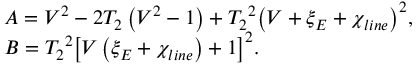
\begin{array} { r l } & { A = { { V } ^ { 2 } } - 2 { { T } _ { 2 } } \left( { { V } ^ { 2 } } - 1 \right) + { { { T } _ { 2 } } ^ { 2 } } { { \left( V + { { \xi } _ { E } } + { { \chi } _ { l i n e } } \right) } ^ { 2 } } , } \\ & { B = { { { { T } _ { 2 } } ^ { 2 } } } { { \left[ V \left( { { \xi } _ { E } } + { { \chi } _ { l i n e } } \right) + 1 \right] } ^ { 2 } } . } \end{array}